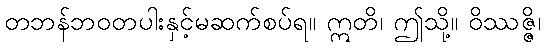
တဘန်ဘဝတပါးနှင့်မဆက်စပ်ရ။ ဣတိ၊ ဤသို့။ ဝိဿဇ္ဇိ၊